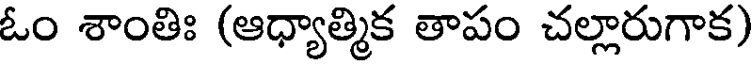
ఓం శాంతిః (ఆధ్యాత్మిక తాపం చల్లారుగాక)